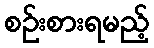
စဉ်းစားရမည့်